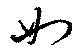
如